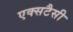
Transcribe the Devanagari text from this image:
एक्सटैसी